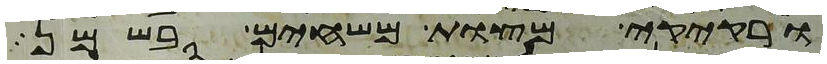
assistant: ורקיקי מצות משחים בשמן